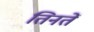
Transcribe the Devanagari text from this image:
तिनतें